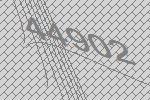
44902